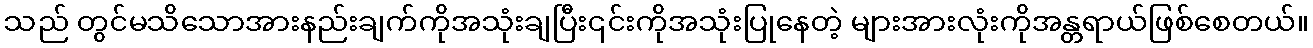
သည် တွင်မသိသောအားနည်းချက်ကိုအသုံးချပြီး၎င်းကိုအသုံးပြုနေတဲ့ များအားလုံးကိုအန္တရာယ်ဖြစ်စေတယ်။